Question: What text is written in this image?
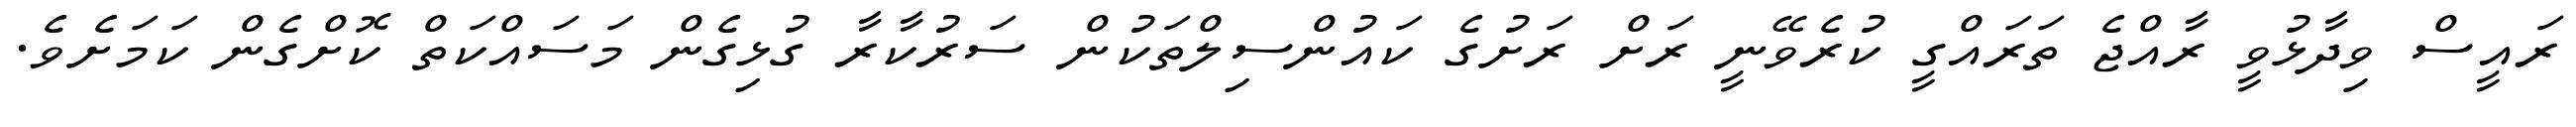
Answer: ރައީސް ވިދާޅުވީ ރާއްޖެ ތަރައްގީ ކުރެވޭނީ ރަށް ރަށުގެ ކައުންސިލްތަކުން ސަރުކާރާ ގުޅިގެން މަސައްކަތް ކޮށްގެން ކަމަށެވެ.